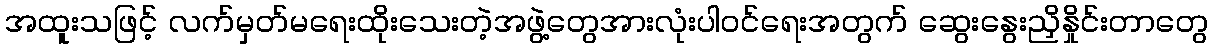
အထူးသဖြင့် လက်မှတ်မရေးထိုးသေးတဲ့အဖွဲ့တွေအားလုံးပါဝင်ရေးအတွက် ဆွေးနွေးညှိနှိုင်းတာတွေ